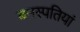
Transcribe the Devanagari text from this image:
बनस्पतियां